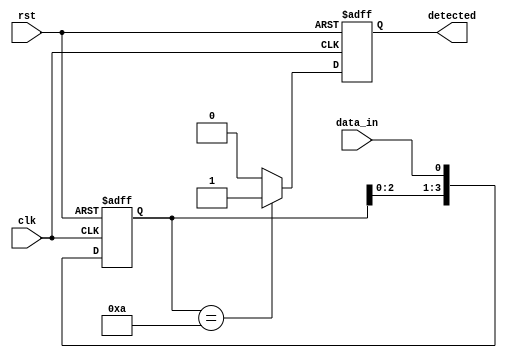
module pattern_detector #(
    parameter PATTERN_LENGTH = 4  // Length of the pattern to detect
)(
    input wire clk,                // Clock input
    input wire rst,                // Reset input
    input wire data_in,            // Input data stream
    output reg detected            // Output signal indicating pattern detection
);

// Internal signals
reg [PATTERN_LENGTH-1:0] shift_reg;  // Shift register to capture incoming data
reg [PATTERN_LENGTH-1:0] pattern_reg; // Register to hold the pattern to detect

// Load the pattern into the pattern register (this can be modified as needed)
initial begin
    pattern_reg = 4'b1010; // Example pattern to detect (can be modified)
end

// Sequential logic for capturing data
always @(posedge clk or posedge rst) begin
    if (rst) begin
        shift_reg <= 0;        // Reset shift register
        detected <= 0;         // Reset detected signal
    end else begin
        shift_reg <= {shift_reg[PATTERN_LENGTH-2:0], data_in}; // Shift in new data
        // Check for pattern match
        if (shift_reg == pattern_reg) begin
            detected <= 1;      // Set detected signal high on match
        end else begin
            detected <= 0;      // Clear detected signal if no match
        end
    end
end

endmodule